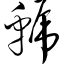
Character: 虢